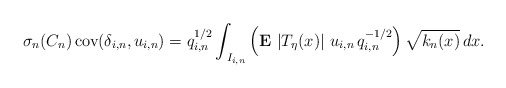
\begin{align*}\sigma _{n}(C_{n})\,\mbox{{\rm cov}}(\delta_{i,n},u_{i,n})=q_{i,n}^{1/2}\int_{\,I_{i,n}}\left( {\bf E\,}\left| T_{\eta}(x)\right| \,u_{i,n}\,q_{i,n}^{-1/2}\right) \sqrt{k_{n}(x)}\,dx.\end{align*}